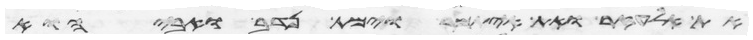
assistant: את אלעזר ואת איתמר וימת נדב ואביהוא